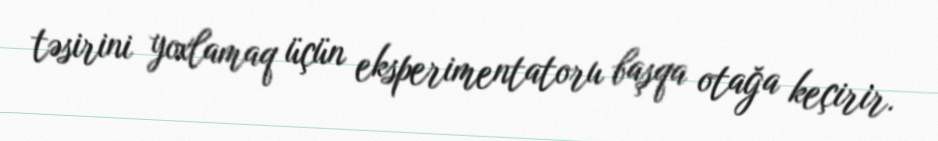
təsirini yoxlamaq üçün eksperimentatoru başqa otağa keçirir.